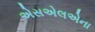
એસએલએના